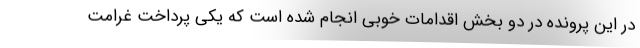
در این پرونده در دو بخش اقدامات خوبی انجام شده است که یکی پرداخت غرامت